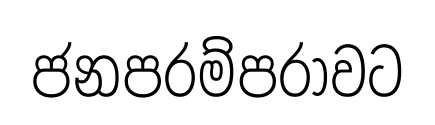
ජනපරම්පරාවට